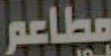
مطاعم